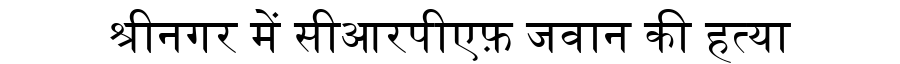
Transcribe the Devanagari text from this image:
श्रीनगर में सीआरपीएफ़ जवान की हत्या